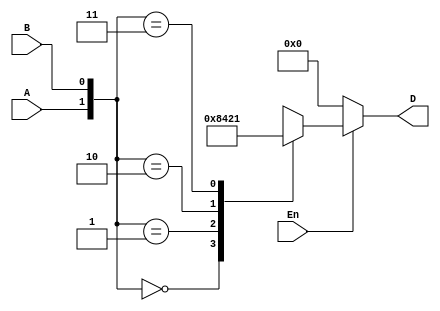
module dec2x4 (D, A, B, En);

	input A, B, En;
	output [0:3] D;
	
	reg [0:3] D;
	
	always @(A, B, En)
	if (En)
		case ({A, B})
			0: D = 4'b1000;
			1: D = 4'b0100;
			2: D = 4'b0010;
			3: D = 4'b0001;
			default: D = 4'b0000;
		endcase
	else D = 4'b0000;

endmodule